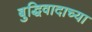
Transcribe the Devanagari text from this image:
बुद्धिवादाच्या